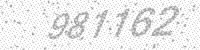
Solution: 981162